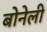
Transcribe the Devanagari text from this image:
बोनेली